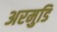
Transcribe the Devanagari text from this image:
अरमुडि